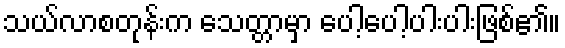
သယ်လာစတုန်းက သေတ္တာမှာ ပေါ့ပေါ့ပါးပါးဖြစ်၏။